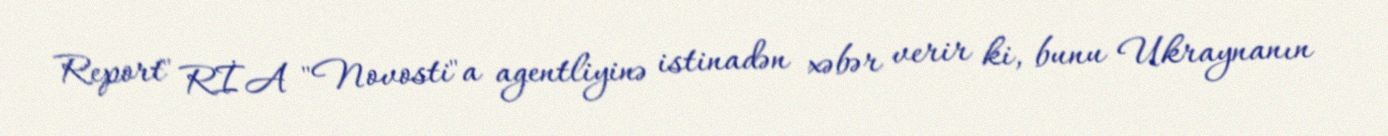
Report" RİA "Novosti"a agentliyinə istinadən xəbər verir ki, bunu Ukraynanın